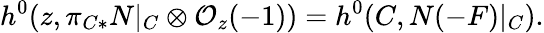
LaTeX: h^{0}(z,\pi_{C*}N|_{C}\otimes{\cal O}_{z}(-1))=h^{0}(C,N(-F)|_{C}).